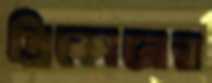
ত্রিকোনের